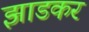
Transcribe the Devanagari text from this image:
झाडकर